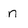
Character: n